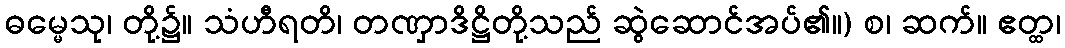
ဓမ္မေသု၊ တို့၌။ သံဟီရတိ၊ တဏှာဒိဋ္ဌိတို့သည် ဆွဲဆောင်အပ်၏။) စ၊ ဆက်။ ဧတ္ထ၊